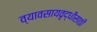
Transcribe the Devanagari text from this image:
व्यावसायवृद्धीसाठी